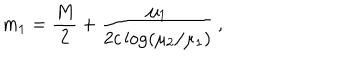
m _ { 1 } = \frac { M } { 2 } + \frac { \mu _ { 1 } } { 2 c \log ( \mu _ { 2 } / \mu _ { 1 } ) } \, ,